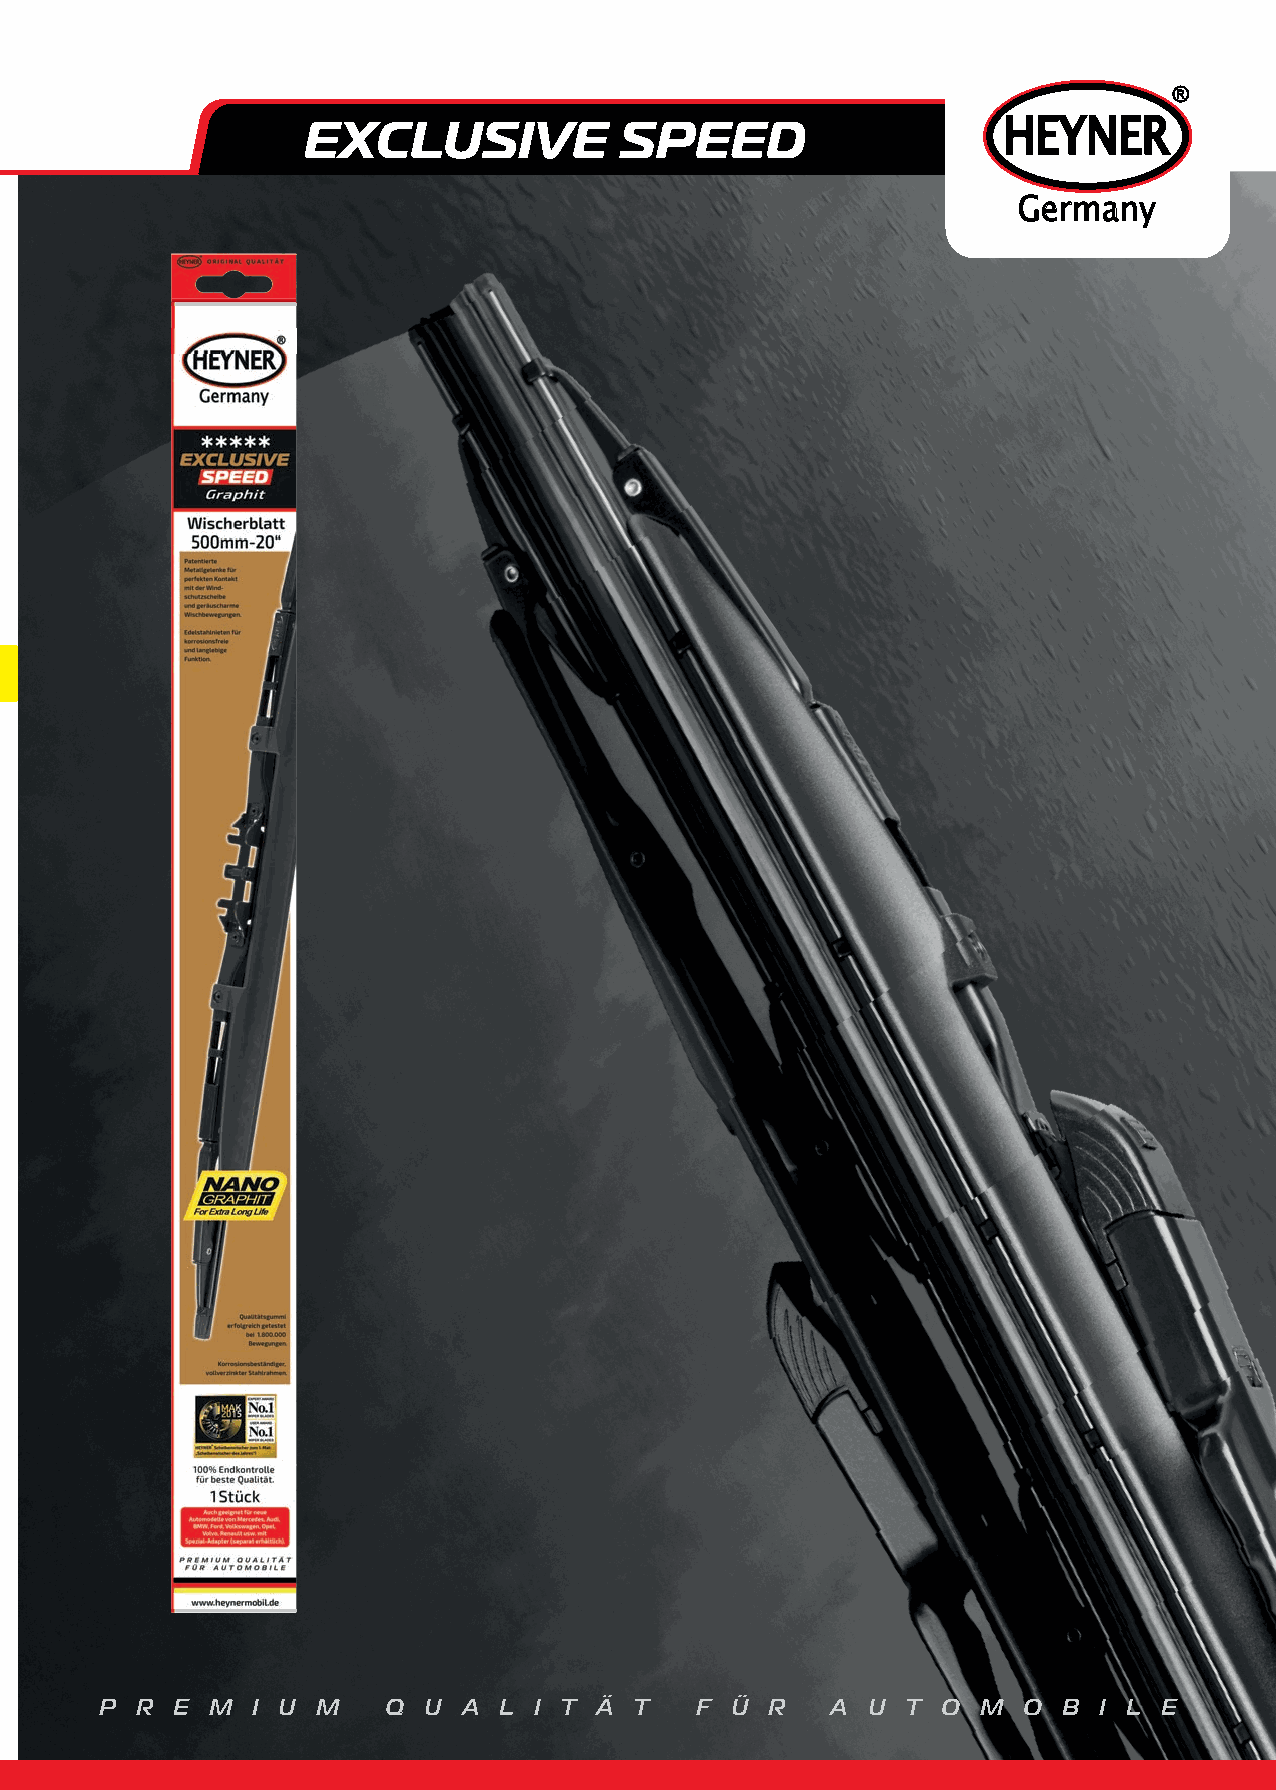
®
 EXCLUSIVE            SPEED                    HEYNER
 Germany
 P R E  M  I U M   Q  U  A L I T Ä  T   F Ü  R   A U  T O  M  O B  I L E